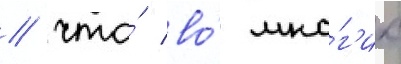
/ что́ во́ мно́г'их